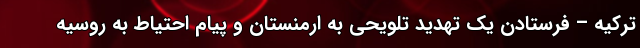
ترکیه – فرستادن یک تهدید تلویحی به ارمنستان و پیام احتیاط به روسیه